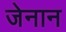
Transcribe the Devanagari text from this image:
जेनान